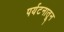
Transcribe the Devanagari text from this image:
पर्यटनातून